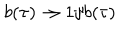
b ( \tau ) \rightarrow 1 / b ( \tau )